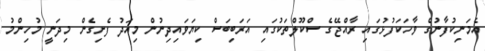
އެމަނިކުފާނުގެ ވާހަކަފުޅުގައި ރާއްޖޭގެ ސްކޫލްތަކުގައި އަރަބިބަސް ކިޔަވައިދިނުން މިއަދު ފެށިގެން މިދަނީ މުހިންމު